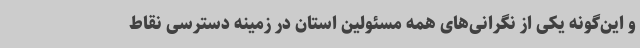
و این‌گونه یکی از نگرانی‌های همه مسئولین استان در زمینه دسترسی نقاط